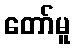
တော်မူ